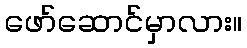
ဖော်ဆောင်မှာလား။